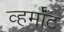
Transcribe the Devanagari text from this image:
व्हर्मॉँट